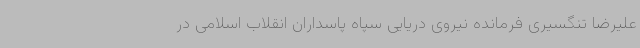
علیرضا تنگسیری فرمانده نیروی دریایی سپاه پاسداران انقلاب اسلامی در